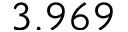
3 . 9 6 9